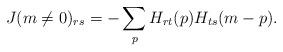
LaTeX: \begin{align*}J(m\ne 0)_{rs} = -\sum_p H_{rt}(p)H_{ts}(m-p).\end{align*}